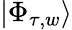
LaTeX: |\Phi_{\tau,w}\rangle